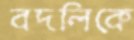
বদলিকে